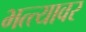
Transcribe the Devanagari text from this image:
भत्त्यावर